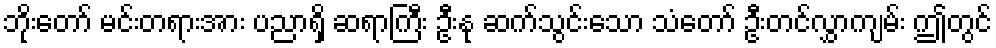
ဘိုးတော် မင်းတရားအား ပညာရှိ ဆရာကြီး ဦးနု ဆက်သွင်းသော သံတော် ဦးတင်လွှာကျမ်း ဤတွင်